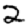
Digit: 2